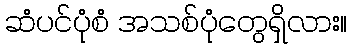
ဆံပင်ပုံစံ အသစ်ပုံတွေရှိလား။